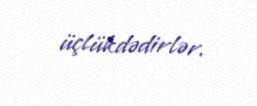
üçlükdədirlər.